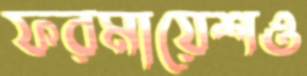
ফরমায়েশও